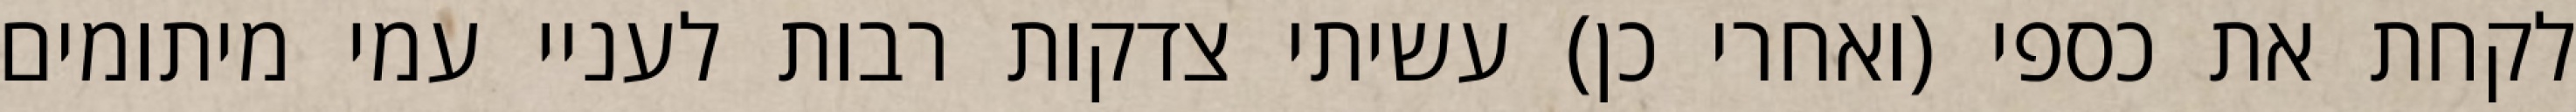
לקחת את כספי (ואחרי כן) עשיתי צדקות רבות לעניי עמי מיתומים